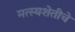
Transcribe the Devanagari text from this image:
मत्स्यशेतीचे